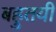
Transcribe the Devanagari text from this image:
बहुतयी